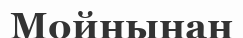
Мойнынан